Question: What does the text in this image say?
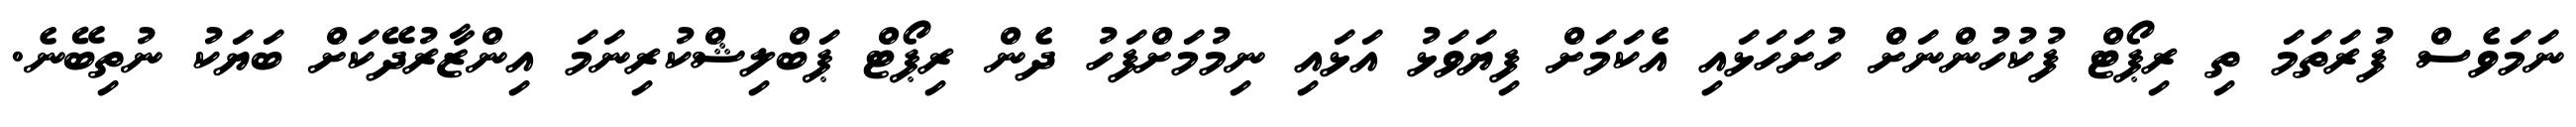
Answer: ނަމަވެސް ފުރަތަމަ ތި ރިޕޯޓް ފުކުހުންނަށް ހުށަހަޅައި އެކަމަށް ފިޔަވަޅު އަޅައި ނިމުމަށްފަހު ދެން ރިޕޯޓް ޕަބްލިޝްކުރިނަމަ އިންޒާރުދޭކަށް ބަޔަކު ނުތިބޭނެ.